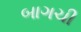
બાગચી